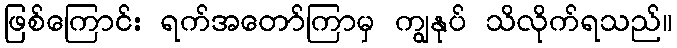
ဖြစ်ကြောင်း ရက်အတော်ကြာမှ ကျွနုပ် သိလိုက်ရသည်။